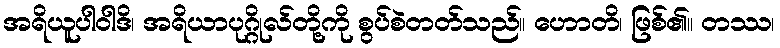
အရိယူပါဝါဒိ၊ အရိယာပုဂ္ဂိုလ်တို့ကို စွပ်စဲတတ်သည်။ ဟောတိ၊ ဖြစ်၏။ တဿ၊